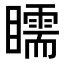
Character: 𥌎